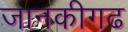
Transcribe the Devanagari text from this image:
जानकीगढ